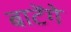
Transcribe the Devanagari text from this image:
बाटेंगे